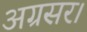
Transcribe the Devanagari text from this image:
अग्रसर।